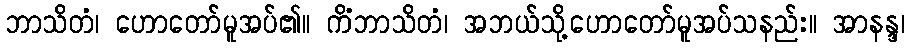
ဘာသိတံ၊ ဟောတော်မူအပ်၏။ ကိံဘာသိတံ၊ အဘယ်သို့ဟောတော်မူအပ်သနည်း။ အာနန္ဒ၊